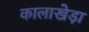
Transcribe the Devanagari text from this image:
कालाखेड़ा